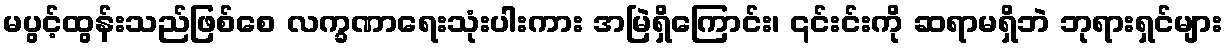
မပွင့်ထွန်းသည်ဖြစ်စေ လက္ခဏာရေးသုံးပါးကား အမြဲရှိကြောင်း၊ ၎င်းင်းကို ဆရာမရှိဘဲ ဘုရားရှင်များ